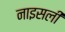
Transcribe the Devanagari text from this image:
नाइसली